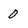
Character: 0